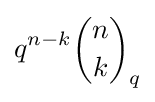
q^{n-k}{n \choose k}_{q}